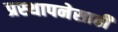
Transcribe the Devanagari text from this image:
प्रस्थापनेसाठी